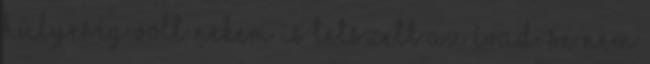
hülyeség volt nekem is tetszett az évad. se nem